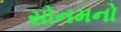
સોનમનો